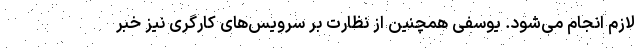
لازم انجام می‌شود. یوسفی همچنین از نظارت بر سرویس‌های کارگری نیز خبر